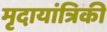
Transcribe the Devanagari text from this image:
मृदायांत्रिकी